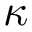
\kappa